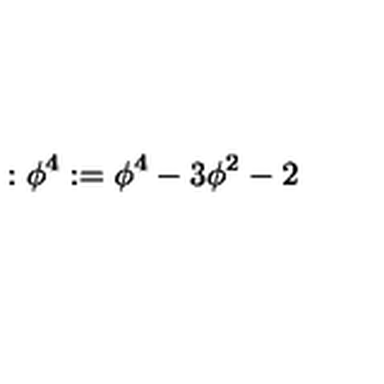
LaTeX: : \phi ^ { 4 } : = \phi ^ { 4 } - 3 \phi ^ { 2 } - 2